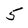
Character: 5